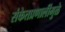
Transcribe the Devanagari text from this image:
संकेतप्रणालींमुळे